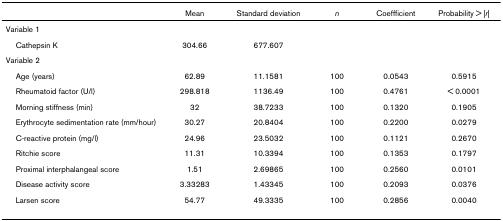
|  | Mean | Standard deviation | n | Coeffficient | Probability > |r| |
 | --- | --- | --- | --- | --- | --- |
 | Variable 1 |  |  |  |  |  |
 | Cathepsin K | 304.66 | 677.607 |  |  |  |
 | Variable 2 |  |  |  |  |  |
 | Age (years) | 62.89 | 11.1581 | 100 | 0.0543 | 0.5915 |
 | Rheumatoid factor (U/l) | 298.818 | 1136.49 | 100 | 0.4761 | < 0.0001 |
 | Morning stiffness (min) | 32 | 38.7233 | 100 | 0.1320 | 0.1905 |
 | Erythrocyte sedimentation rate (mm/hour) | 30.27 | 20.8404 | 100 | 0.2200 | 0.0279 |
 | C-reactive protein (mg/l) | 24.96 | 23.5032 | 100 | 0.1121 | 0.2670 |
 | Ritchie score | 11.31 | 10.3394 | 100 | 0.1353 | 0.1797 |
 | Proximal interphalangeal score | 1.51 | 2.69865 | 100 | 0.2560 | 0.0101 |
 | Disease activity score | 3.33283 | 1.43345 | 100 | 0.2093 | 0.0376 |
 | Larsen score | 54.77 | 49.3335 | 100 | 0.2856 | 0.0040 |